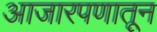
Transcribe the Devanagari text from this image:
आजारपणातून